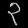
Digit: ၃